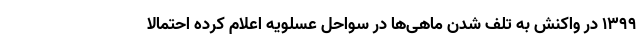
۱۳۹۹ در واکنش به تلف شدن ماهی‌ها در سواحل عسلویه اعلام کرده احتمالا